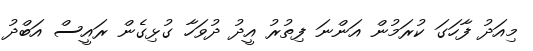
މިއަދު ފާހަގަ ކުރަމުން އަންނަ ފިތުރު އީދު ދުވަހާ ގުޅިގެން ރައީސް އަބްދު